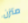
متزن